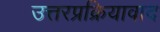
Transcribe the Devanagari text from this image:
उत्तरप्रक्रियावाद